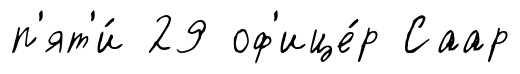
п'ят'и́ 29 оф'ице́р Саар